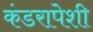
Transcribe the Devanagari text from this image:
कंडरापेशी